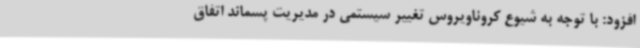
افزود: با توجه به شیوع کروناویروس تغییر سیستمی در مدیریت پسماند اتفاق